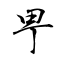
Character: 甼